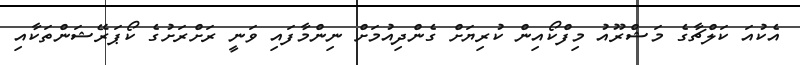
އެކުއަ ކަލްޗާގެ މަޝްރޫއު މިފްކޯއިން ކުރިޔަށް ގެންދިއުމަށް ނިންމާފައި ވަނީ ރަށްރަށުގެ ކޯޕަރޭޝަންތަކާއި